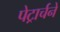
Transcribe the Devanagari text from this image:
पेट्रार्चने